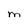
Character: M